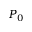
P _ { 0 }